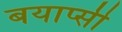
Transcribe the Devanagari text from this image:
बयाप्सी